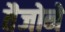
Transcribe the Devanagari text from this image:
तैजोने